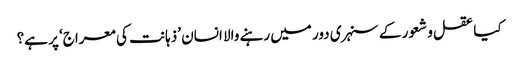
کیا عقل و شعور کے سنہری دور میں رہنے والا انسان ’ذہانت کی معراج‘ پر ہے؟